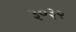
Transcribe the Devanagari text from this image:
३०३२